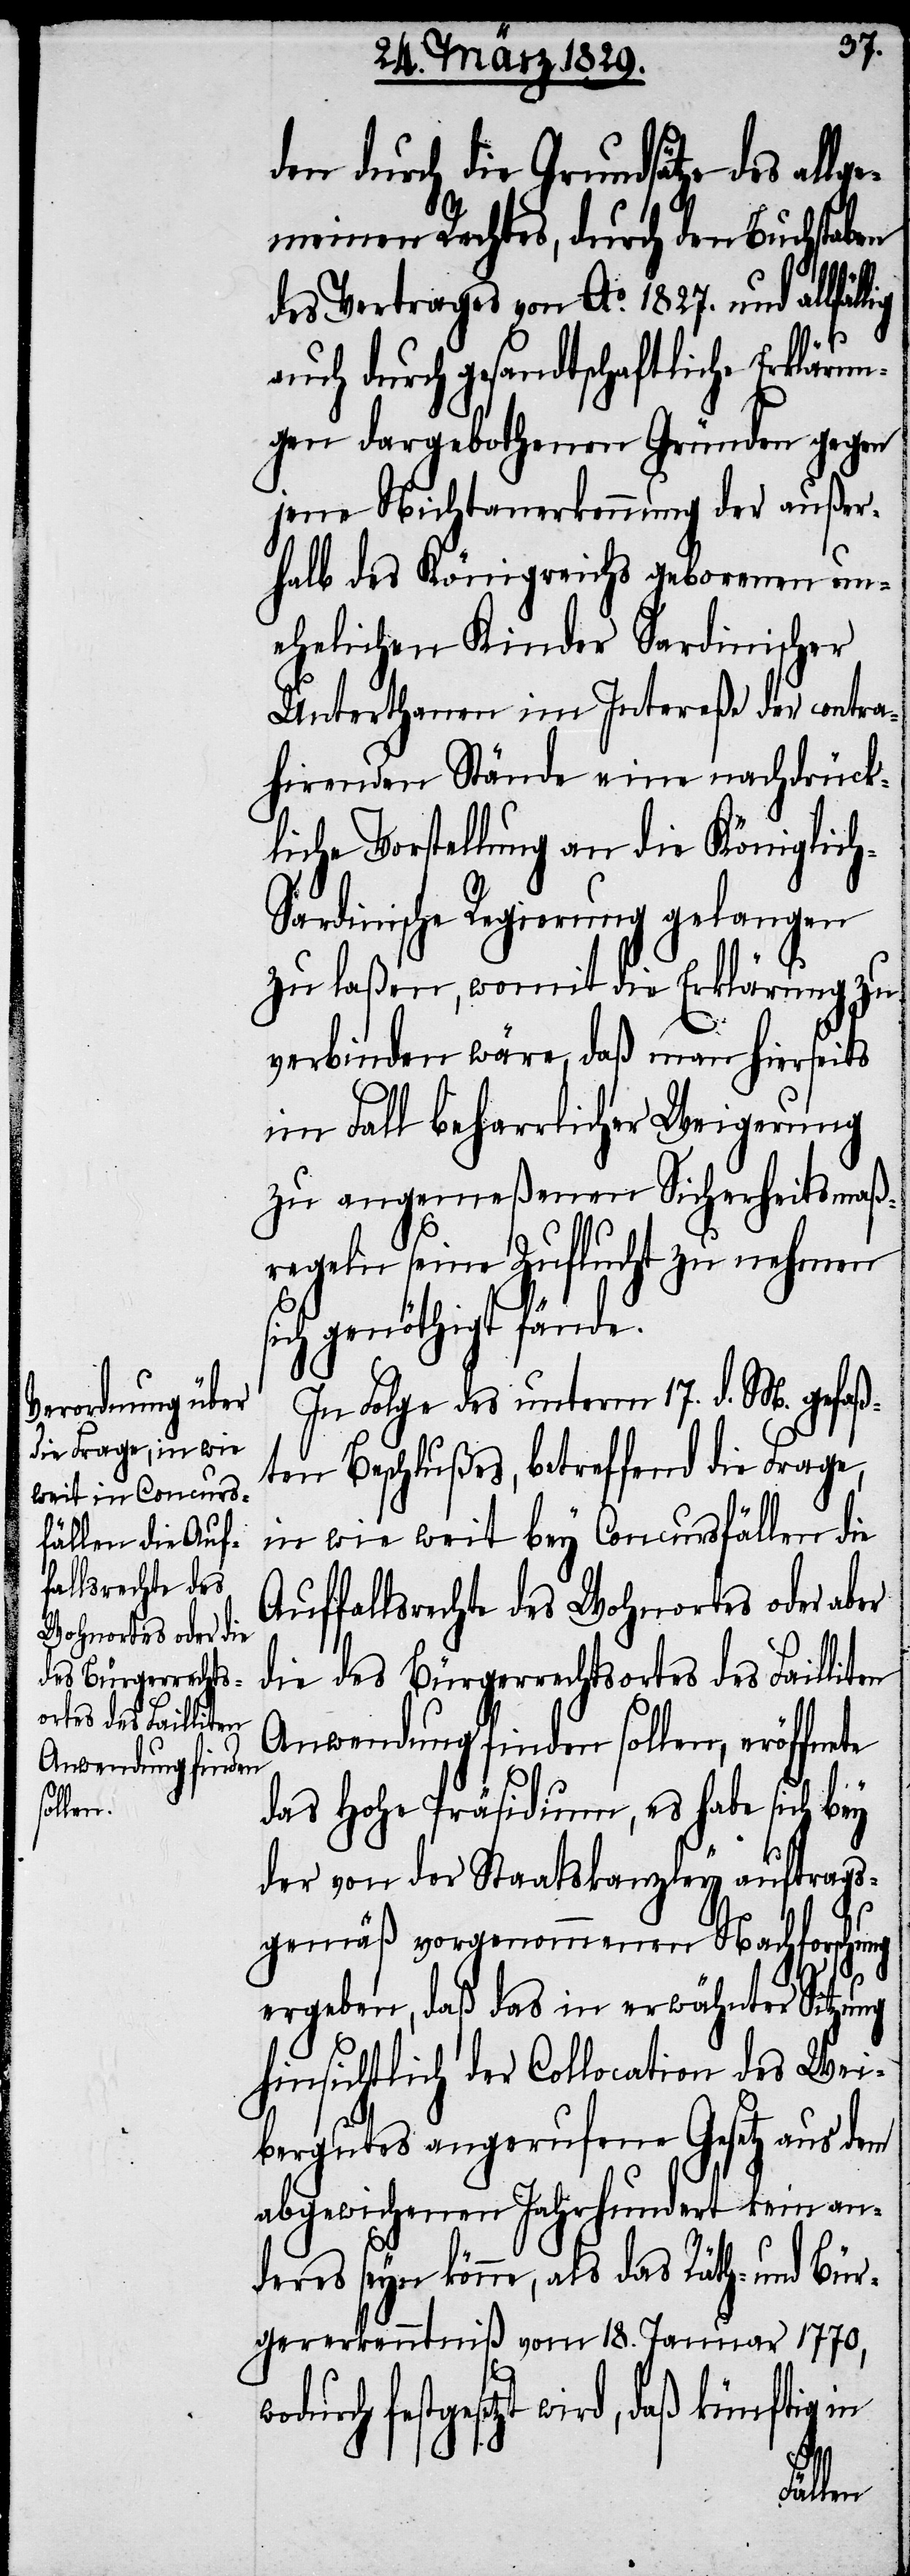
den durch die Grundsätze des all¬
gemeinen Rechtes, durch den Buchstaben
te
des Vertrages von Ao. 1827. und allfällig
auch durch gesandtschaftliche Erklärun¬
gen dargebothenen Gründen gegen
jene Nichtanerkennung der außer¬
halb des Königreichs geborenen un¬
ehelichen Kinder Sardinischer
Unterthanen im Intereße der contra¬
hirenden Stände eine nachdrück¬
liche Vorstellung an die Königlich
Sardinische Regierung gelangen
zu laßen, womit die Erklärung zu
verbinden wäre, daß man hierseits
im Fall beharrlicher Weigerung
zu angemeßenen Sicherheitsmaß¬
regeln seine Zuflucht zu nehmen
sich genöthigt fände.
In Folge des unterm 17. d. M. gefaß¬
ten Beschlußes, betreffend die Frage,
in wie weit bey Concursfällen die
Auffallsrechte des Wohnortes oder aber
die des Bürgerrechtsortes des Failliten
Anwendung finden sollen, eröffne¬
das Hohe Präsidium, es habe sich bey
der von der Staatskanzley auftrags¬
gemäß vorgenommenen Nachforschung
ergeben, daß das in erwähnter Sitzung
hinsichtlich der Collocation des Wei¬
bergutes angerufene Gesetz aus dem
abgewichenen Jahrhundert kein an¬
deres seyn könne, als das Räth- und Bür¬
gererkenntniß vom 18. Januar 1770,
festgesetzt wird, daß künftig in